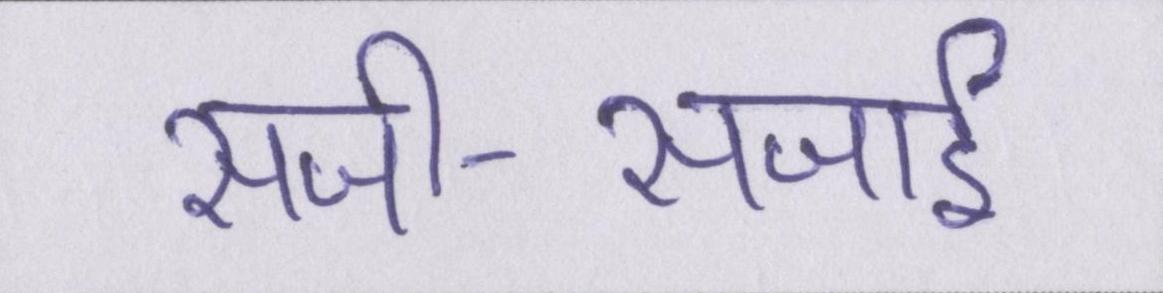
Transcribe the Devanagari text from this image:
सजी-सजाई